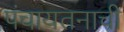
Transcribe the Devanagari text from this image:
पंचायतनाची